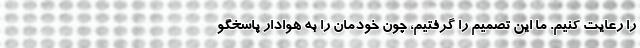
را رعایت کنیم. ما این تصمیم را گرفتیم، چون خودمان را به هوادار پاسخگو